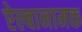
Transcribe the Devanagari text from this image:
ऐल्बानामक